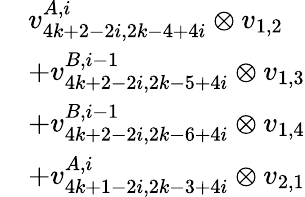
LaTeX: \begin{array}{rl}&{v_{4k+2-2i,2k-4+4i}^{A,i}\otimes v_{1,2}}\\ &{+v_{4k+2-2i,2k-5+4i}^{B,i-1}\otimes v_{1,3}}\\ &{+v_{4k+2-2i,2k-6+4i}^{B,i-1}\otimes v_{1,4}}\\ &{+v_{4k+1-2i,2k-3+4i}^{A,i}\otimes v_{2,1}}\end{array}